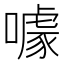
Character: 噱